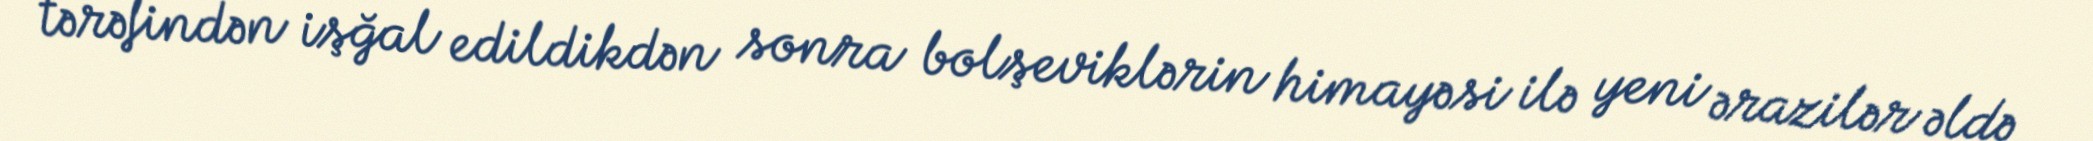
tərəfindən işğal edildikdən sonra bolşeviklərin himayəsi ilə yeni ərazilər əldə